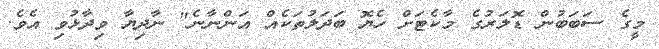
މީގެ ސަބަބުން ޑޮލަރުގެ މާކެޓަށް ހެޔޮ ބަދަލުތަކެއް އަންނާނެ" ނާދިޔާ ވިދާޅުވި އެވެ.